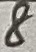
Text: 8